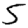
Digit: 5